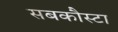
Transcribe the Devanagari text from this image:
सबकौस्टा